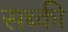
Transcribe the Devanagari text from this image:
सब्की